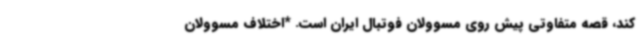
کند، قصه متفاوتی پیش روی مسوولان فوتبال ایران است. *اختلاف مسوولان